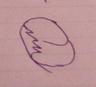
Signature authenticity: forged